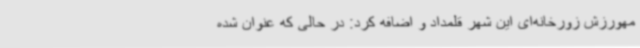
مهورزش زورخانه‌ای این شهر قلمداد و اضافه کرد: در حالی که عنوان شده